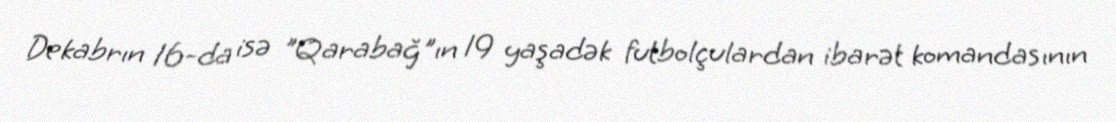
Dekabrın 16-da isə "Qarabağ"ın 19 yaşadək futbolçulardan ibarət komandasının